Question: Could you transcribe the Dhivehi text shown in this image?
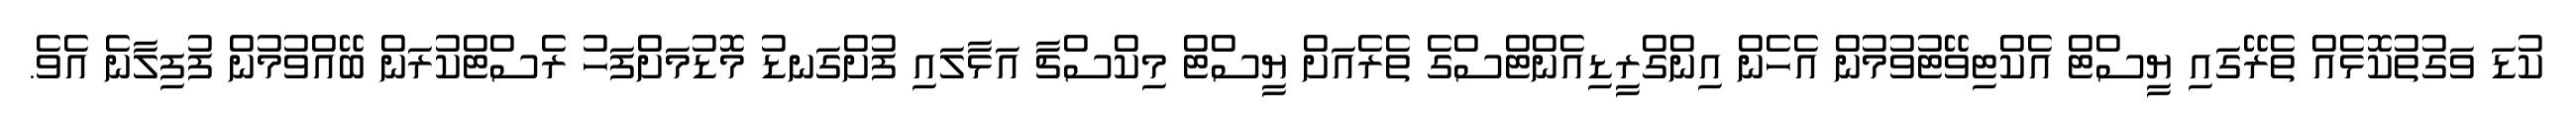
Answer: ކުޑަ ވަގުތުކޮޅެއް ތެރޭގައި ޔީސްޓް އެކްޓިވޭޓުވުމުން އެހެން އިންގްރީޑިއެންޓްސްގެ ތެރެއަށް ޔީސްޓް މިކްސްޗާ އަޅާލައި ފުށްގަނޑު މޮޑުމަށްފަހު ރެސްޓްކުރަން ބޭއްވުމުން ފުފިލާނެ އެވެ.